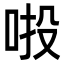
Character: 𠲴